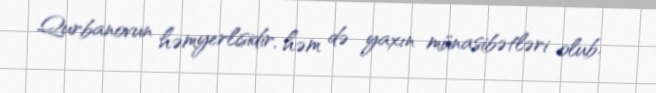
Qurbanovun həmyerlisidir, həm də yaxın münasibətləri olub.